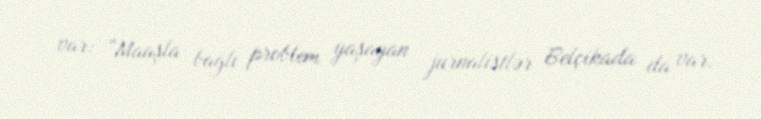
var: “Maaşla bağlı problem yaşayan jurnalistlər Belçikada da var.